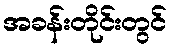
အခန်းတိုင်းတွင်